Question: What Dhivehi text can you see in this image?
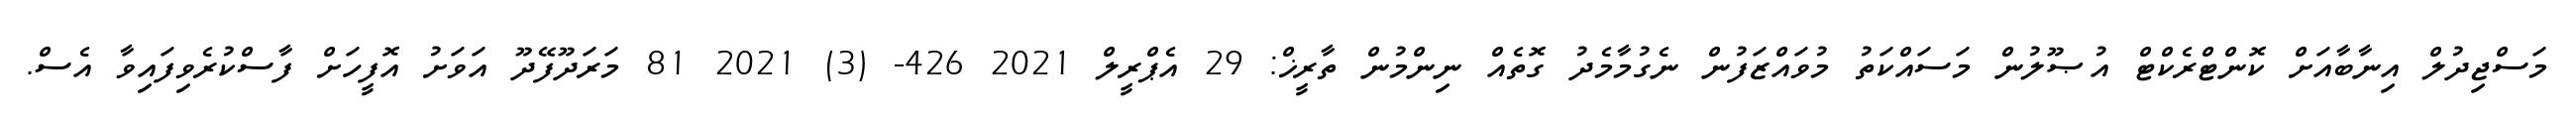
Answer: މަސްޖިދުލް އިނާބާއަށް ކޮންޓްރެކްޓް އުޞޫލުން މަސައްކަތު މުވައްޒަފުން ނެގުމާމެދު ގޮތެއް ނިންމުން ތާރީޚް: 29 އެޕްރީލް 2021 426- (3) 2021 81 މަރަދޫފޭދޫ އަވަށު އޮފީހަށް ފާސްކުރެވިފައިވާ އެސް.